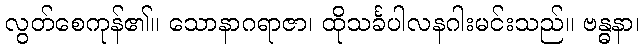
လွတ်စေကုန်၏။ သောနာဂရာဇာ၊ ထိုသင်္ခပါလနဂါးမင်းသည်။ ဗန္ဓနာ၊